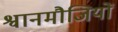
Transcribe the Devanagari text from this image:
श्वानमौजियों